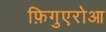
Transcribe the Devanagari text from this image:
फ़िगुएरोआ